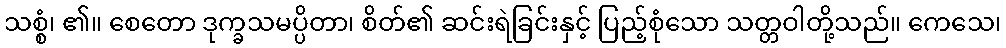
သစ္စံ၊ ၏။ စေတော ဒုက္ခသမပ္ပိတာ၊ စိတ်၏ ဆင်းရဲခြင်းနှင့် ပြည့်စုံသော သတ္တဝါတို့သည်။ ကေသေ၊